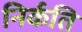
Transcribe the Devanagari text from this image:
निर्कति